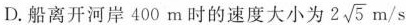
D.船离开河岸400m时的速度大小为 2 \sqrt{5}m/s